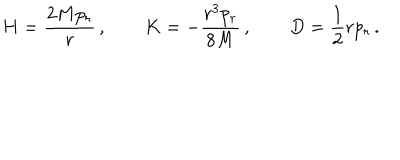
LaTeX: H = { \frac { 2 M p _ { r } } { r } } \, , \qquad K = - { \frac { r ^ { 3 } p _ { r } } { 8 M } } \, , \qquad D = { \frac { 1 } { 2 } } r p _ { r } \, .